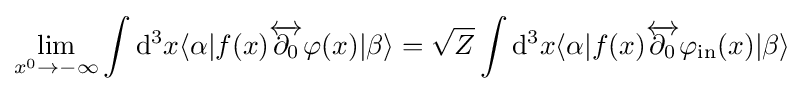
\lim _{x^{0}\to -\infty }\int \mathrm {d} ^{3}x\langle \alpha |f(x){\overleftrightarrow {\partial _{0}}}\varphi (x)|\beta \rangle ={\sqrt {Z}}\int \mathrm {d} ^{3}x\langle \alpha |f(x){\overleftrightarrow {\partial _{0}}}\varphi _{\mathrm {in} }(x)|\beta \rangle